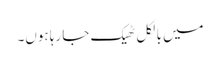
میں بالکل ٹھیک جا رہا ہوں۔